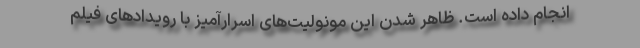
انجام داده است. ظاهر شدن این مونولیت‌های اسرارآمیز با رویدادهای فیلم